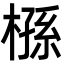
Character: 槂